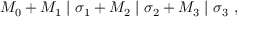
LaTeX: M _ { 0 } + M _ { 1 } \mid \sigma _ { 1 } + M _ { 2 } \mid \sigma _ { 2 } + M _ { 3 } \mid \sigma _ { 3 } ~ ,